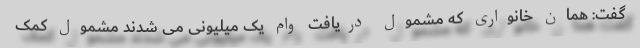
گفت: همان خانواری که مشمول دریافت وام یک میلیونی می شدند مشمول کمک